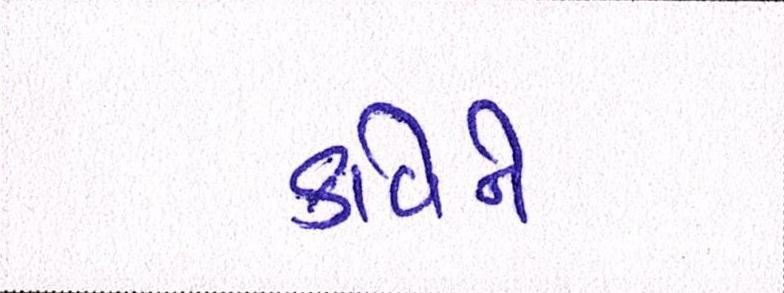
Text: કવિને